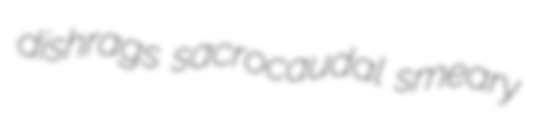
dishrags sacrocaudal smeary